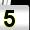
Digit: 5